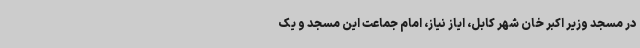
در مسجد وزیر اکبر خان شهر کابل، ایاز نیاز، امام جماعت این مسجد و یک